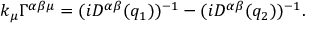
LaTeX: k _ { \mu } \Gamma ^ { \alpha \beta \mu } = ( i D ^ { \alpha \beta } ( q _ { 1 } ) ) ^ { - 1 } - ( i D ^ { \alpha \beta } ( q _ { 2 } ) ) ^ { - 1 } .